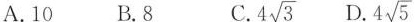
A.10 B.8 C. 4 \sqrt{3} D. 4 \sqrt{5}